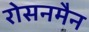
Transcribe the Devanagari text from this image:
रोसनमैन